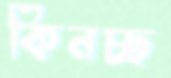
কিনচ্ছ